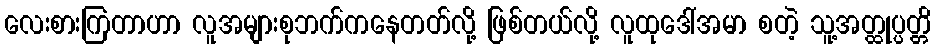
လေးစားကြတာဟာ လူအများစုဘက်ကနေတတ်လို့ ဖြစ်တယ်လို့ လူထုဒေါ်အမာ စတဲ့ သူ့အတ္ထုပ္ပတ္တိ